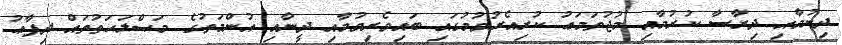
ދިނުމާއި ދިރާސާ ކުރުމާއި މުޖުތަމަޢު ކުރިއެރުވުމުގައި ބައިވެރިވުމާއި ދީނާއި އުންމަތުގެ މަޞްލަޙަތުތައް ދިފާޢު